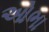
ઓભા